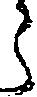
う